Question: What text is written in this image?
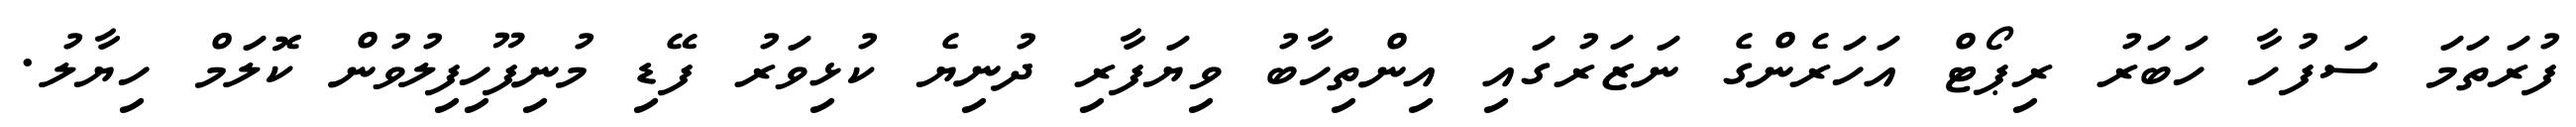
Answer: ފުރަތަމަ ސަފުހާ ހަބަރު ރިޕޯޓް އަހަރެންގެ ނަޒަރުގައި އިންތިހާބު ވިޔަފާރި ދުނިޔެ ކުޅިވަރު ފޭޑި މުނިފޫހިފިލުވުން ކޮލަމް ހިޔާލު.